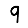
Digit: 9